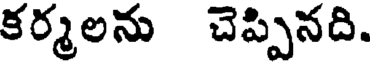
కర్మలను చెప్పినది.